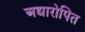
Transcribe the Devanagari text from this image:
अद्यारोपित